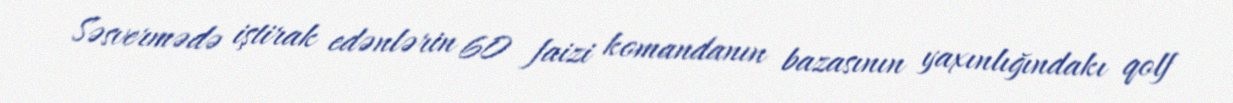
Səsvermədə iştirak edənlərin 60 faizi komandanın bazasının yaxınlığındakı qolf